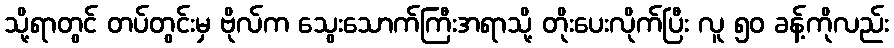
သို့ရာတွင် တပ်တွင်းမှ ဗိုလ်က သွေးသောက်ကြီးအရာသို့ တိုးပေးလိုက်ပြီး လူ ၅၀ ခန့်ကိုလည်း